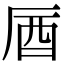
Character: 𠩚